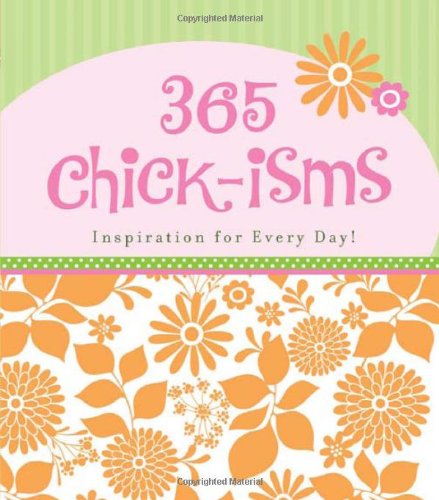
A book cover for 365 CHICK-ISMS (365 Perpetual Calendars); Compiled by Barbour Staff; Calendars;